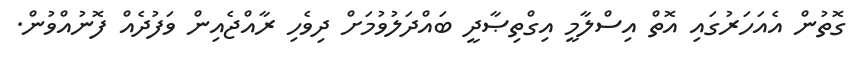
ގޮތުން އެއަހަރުގައި އޮތް އިސްލާމީ އިގްތިޞާދީ ބައްދަލުވުމަށް ދިވެހި ރާއްޖެއިން ވަފުދެއް ފޮނުއްވުން.